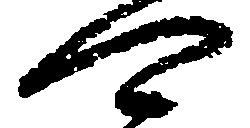
可